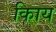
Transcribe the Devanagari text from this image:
किाय